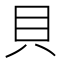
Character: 貝